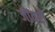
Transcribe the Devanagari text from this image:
जौंवरी